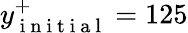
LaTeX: y_{\mathrm{~i~n~i~t~i~a~l~}}^{+}=125